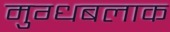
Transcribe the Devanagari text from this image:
मुग्धबलाक